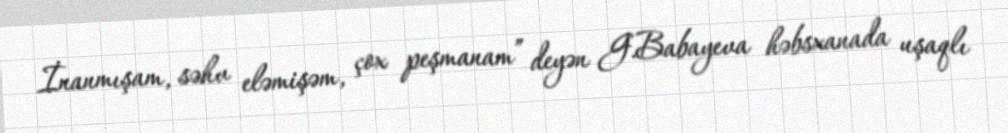
İnanmışam, səhv eləmişəm, çox peşmanam” deyən G.Babayeva həbsxanada uşaqlı